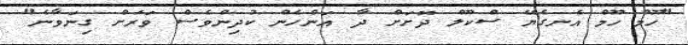
"ހޫމް ހޫމް އެނގެޔޭ ސްކޫލް ދޮށަށް ދާ އަންހެން ކުދިންވެސް ވަރަށް ގިނަވާނެ"